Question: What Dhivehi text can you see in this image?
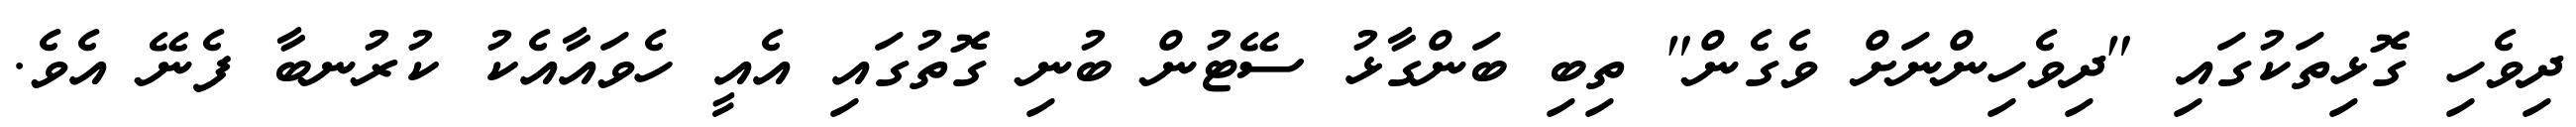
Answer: ދިވެހި ގޮޅިތަކުގައި "ދިވެހިންނަށް ވެގެން" ތިބި ބަންގާޅު ސޭޓުން ބުނި ގޮތުގައި އެއީ ހެވައާއެކު ކުރުނބާ ފެނޭ އެވެ.